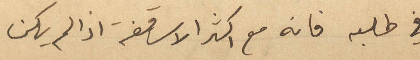
في طلبه فانه مع اكثر الاساقفة اذا لم يكن